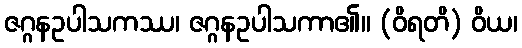
ဇဂ္ဂနဥပါသကဿ၊ ဇဂ္ဂနဥပါသကာ၏။ (ဝိရတိ) ဝိယ၊